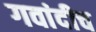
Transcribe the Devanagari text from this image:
गवांदीच